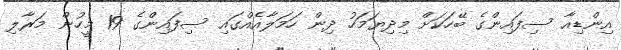
އިންޑިއާ ސިފައިންގެ ބޭހަކަށް މިދިޔަމަހު ދިން ހަމަލާއެއްގައި ސިފައިންގެ 19 މީހުން މަރާލި